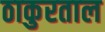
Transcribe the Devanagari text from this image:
ठाकुरताल